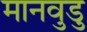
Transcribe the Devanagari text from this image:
मानवुडु